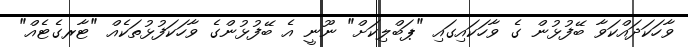
ވާހަކަދައްކަވާ ބޭފުޅުން ގެ ވާހަކައިގައި "ޕަބްލިކަށް" ނޫނީ އެ ބޭފުޅުންގެ ވާހަކަފުޅުތަކެއް "ޓާރގެޓެއް"